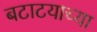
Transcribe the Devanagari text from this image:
बटाटयाच्या